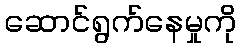
ဆောင်ရွက်နေမှုကို